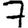
Digit: 7